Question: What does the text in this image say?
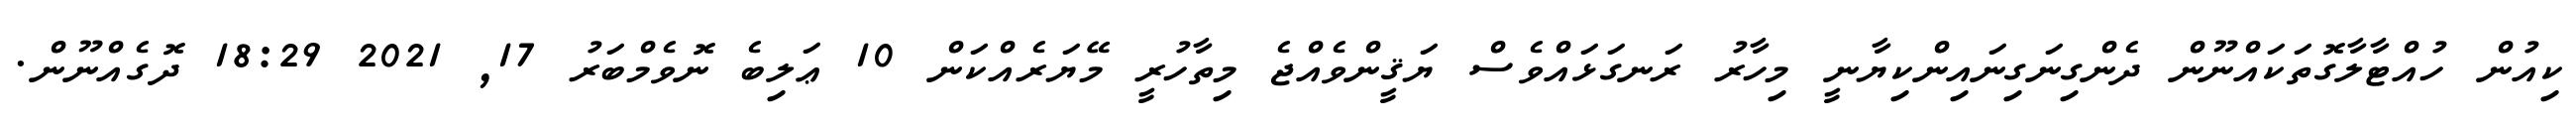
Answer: ކިއުން ހުއްޓާލާގޮތަކައްނޫން ދެންގިނަގިނައިންކިޔާނީ މިހާރު ރަނގަޅައްވެސް ޔަޤީންވެއްޖެ މިތާހުރީ މޭޔަރެއްކަން 10 ޢަލިބެ ނޮވެމްބަރު 17, 2021 18:29 ދޮގެއްނޫން.